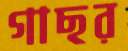
গাছর